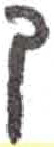
אות: ך